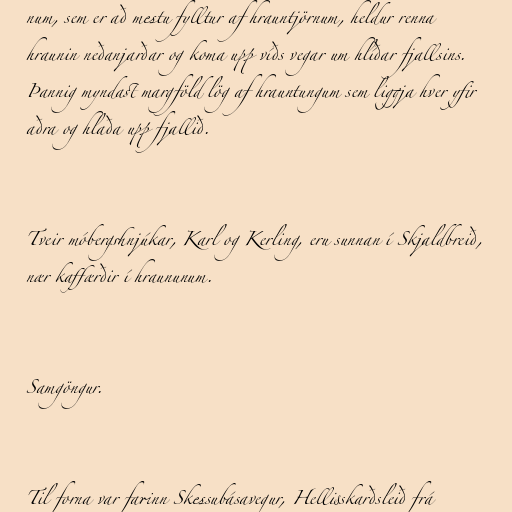
num, sem er að mestu fylltur af hrauntjörnum, heldur renna
hraunin neðanjarðar og koma upp víðs vegar um hlíðar fjallsins.
Þannig myndast margföld lög af hrauntungum sem liggja hver yfir
aðra og hlaða upp fjallið.

Tveir móbergshnjúkar, Karl og Kerling, eru sunnan í Skjaldbreið,
nær kaffærðir í hraununum.

Samgöngur.

Til forna var farinn Skessubásavegur, Hellisskarðsleið frá